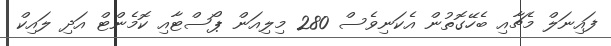
ފައިނަލް މެޗާއި ބެހޭގޮތުން އެކަނިވެސް 280 މިލިއަން ޕޯސްޓާއި ކޮމެންޓް އަދި ލައިކް